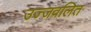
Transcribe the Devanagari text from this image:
उज्जवलित